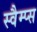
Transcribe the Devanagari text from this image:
स्वैम्प्स